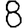
Digit: 8